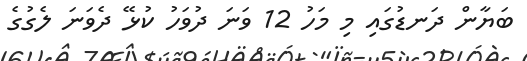
ބަޔާން ދަނޑުގައި މި މަހު 12 ވަނަ ދުވަހު ކުޅޭ ދެވަނަ ލެގުގެ